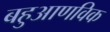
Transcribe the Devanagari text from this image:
बहुआणविक